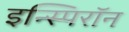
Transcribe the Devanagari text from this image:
इन्स्पिरॉन